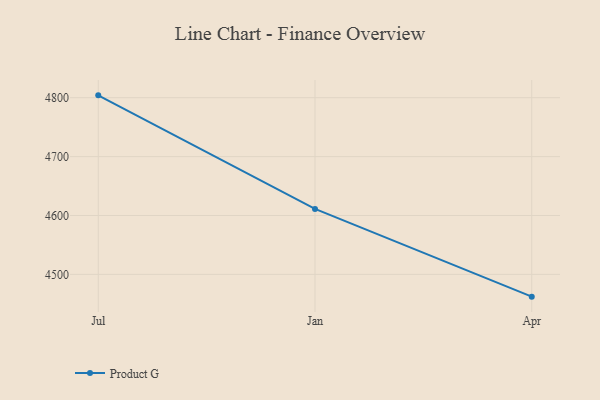
{"axis": {"x": "Month", "y": "Conversion Rate (%)"}, "legend": ["Product G"], "data": [{"x": "Jul", "y": 4804.0, "type": "Product G"}, {"x": "Jan", "y": 4611.2, "type": "Product G"}, {"x": "Apr", "y": 4462.2, "type": "Product G"}]}